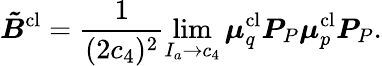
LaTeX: \boldsymbol{\tilde{B}}^{\textrm{cl}}=\frac{1}{(2c_{4})^{2}}\operatorname*{lim}_{I_{a}\to c_{4}}\boldsymbol{\mu}_{q}^{\textrm{cl}}\boldsymbol{P}_{P}\boldsymbol{\mu}_{p}^{\textrm{cl}}\boldsymbol{P}_{P}.